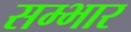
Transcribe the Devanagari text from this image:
सम्भार